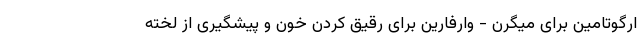
ارگوتامین برای میگرن - وارفارین برای رقیق کردن خون و پیشگیری از لخته